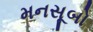
મનસૂબો